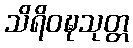
သိရိဝဍ္ဎသုတ္တ